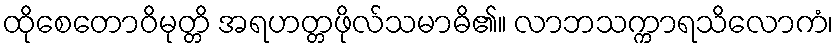
ထိုစေတောဝိမုတ္တိ အရဟတ္တဖိုလ်သမာဓိ၏။ လာဘသက္ကာရသိလောကံ၊